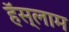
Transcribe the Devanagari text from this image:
हॅस्लाम